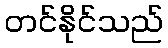
တင်နိုင်သည်